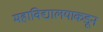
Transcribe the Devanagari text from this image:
महाविद्यालयाकडून